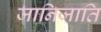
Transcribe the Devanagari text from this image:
जानिजाति